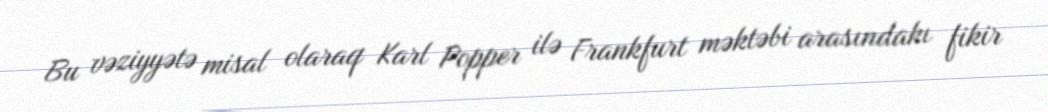
Bu vəziyyətə misal olaraq Karl Popper ilə Frankfurt məktəbi arasındakı fikir